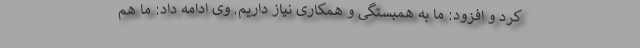
کرد و افزود: ما به همبستگی و همکاری نیاز داریم. وی ادامه داد: ما هم